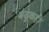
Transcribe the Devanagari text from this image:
बंदुकही